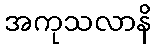
အကုသလာနိ